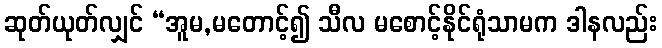
ဆုတ်ယုတ်လျှင် “အူမ,မတောင့်၍ သီလ မစောင့်နိုင်ရုံသာမက ဒါနလည်း